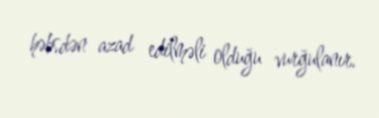
həbsdən azad edilməli olduğu vurğulanır.